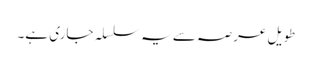
طویل عرصہ سے یہ سلسلہ جاری ہے۔